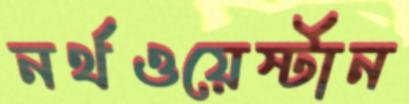
নর্থওয়ের্স্টান